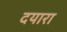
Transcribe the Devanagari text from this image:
दयारा